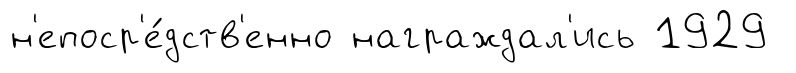
н'епоср'е́дств'енно награждал'ись 1929